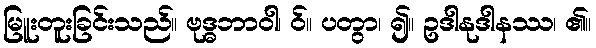
မြူးတူးခြင်းသည်။ ဗုဒ္ဓဘာဝါ၊ ဝ်။ ပတွာ၊ ၍။ ဥဒါနုဒါနဿ၊ ၏။